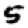
Digit: 5